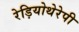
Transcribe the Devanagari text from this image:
रेड़ियोथेरेपी